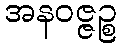
အနဝဇ္ဇဉ္စ